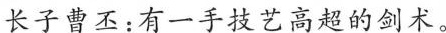
长子曹丕：有一手技艺高超的剑术。